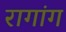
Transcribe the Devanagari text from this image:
रागांग